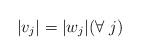
LaTeX: \begin{align*}|v_j| = |w_j| (\forall\; j)\end{align*}